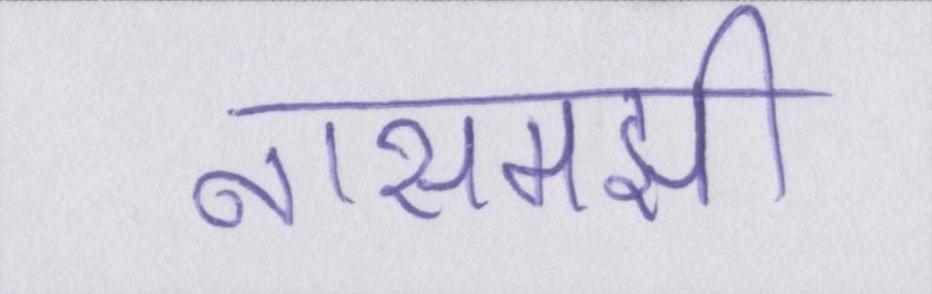
नासमझी